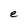
Character: e